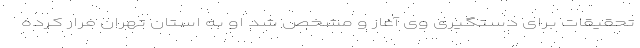
تحقیقات برای دستگیری وی آغاز و مشخص شد او به استان تهران فرار کرده